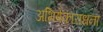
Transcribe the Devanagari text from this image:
अभिषेकाराधना